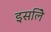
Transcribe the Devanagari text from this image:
इसलिे